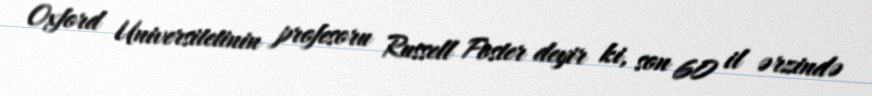
Oxford Universitetinin profesoru Russell Foster deyir ki, son 60 il ərzində